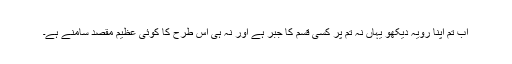
اب تم اپنا رویہ دیکھو یہاں نہ تم پر کسی قسم کا جبر ہے اور نہ ہی اس طرح کا کوئی عظیم مقصد سامنے ہے۔